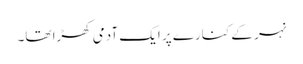
نہر کے کنارے پر ایک آدمی کھڑا تھا۔